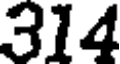
314